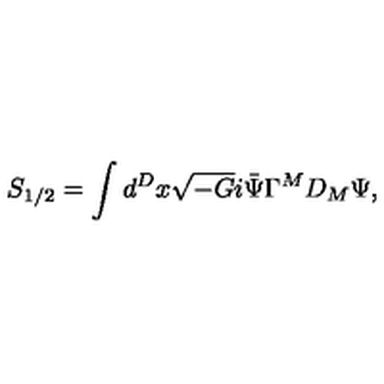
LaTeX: S _ { 1 / 2 } = \int d ^ { D } x \sqrt { - G } i \bar { \Psi } \Gamma ^ { M } D _ { M } \Psi ,